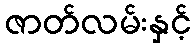
ဇာတ်လမ်းနှင့်